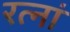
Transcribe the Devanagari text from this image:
रत्‍नां